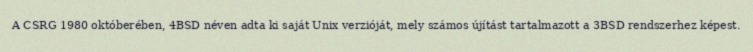
A CSRG 1980 októberében, 4BSD néven adta ki saját Unix verzióját, mely számos újítást tartalmazott a 3BSD rendszerhez képest.